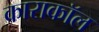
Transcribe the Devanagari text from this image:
काराकॉल